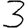
Digit: 3